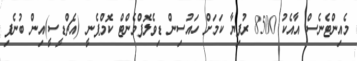
މެއިންޓެނެސް އާއެކު 8500 ރުފިޔާ ކަމަށް ހައުސިން ޑިވެލޮޕްމެންޓް ކޮމްޕެނީ (އެޗްޑީސީ)އިން ބުނެފި